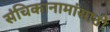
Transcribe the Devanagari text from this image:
संचिकानामांसाठी